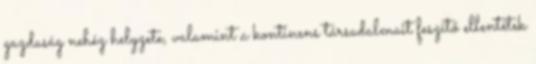
gazdaság nehéz helyzete, valamint a kontinens társadalmait feszítő ellentétek